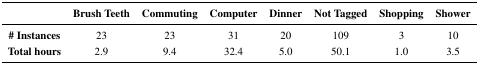
<table><thead><tr><td></td><td><b>Brush Teeth</b></td><td><b>Commuting</b></td><td><b>Computer</b></td><td><b>Dinner</b></td><td><b>Not Tagged</b></td><td><b>Shopping</b></td><td><b>Shower</b></td></tr></thead><tbody><tr><td><b># Instances</b></td><td>23</td><td>23</td><td>31</td><td>20</td><td>109</td><td>3</td><td>10</td></tr><tr><td><b>Total hours</b></td><td>2.9</td><td>9.4</td><td>32.4</td><td>5.0</td><td>50.1</td><td>1.0</td><td>3.5</td></tr></tbody></table>